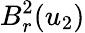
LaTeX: B_{r}^{2}(u_{2})